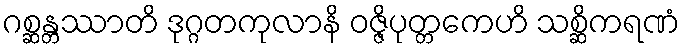
ဂစ္ဆန္တဿာတိ ဒုဂ္ဂတကုလာနိ ဝဇ္ဇိပုတ္တကေဟိ သစ္ဆိကရဏံ